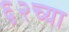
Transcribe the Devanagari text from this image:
६२च्या